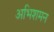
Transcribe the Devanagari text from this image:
अभिशमन